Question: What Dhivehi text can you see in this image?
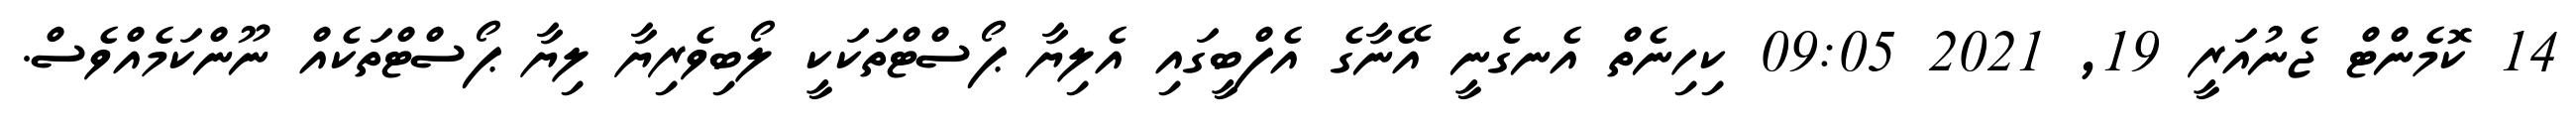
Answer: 14 ކޮމެންޓް ޖެނުއަރީ 19, 2021 09:05 ކިހިނެތް އެނގެނީ އޭނާގެ އެފްބީގައި އެލިޔާ ޕޯސްޓްތަކަކީ ލޯބިވެރިޔާ ލިޔާ ޕޯސްޓްތަކެއް ނޫންކަމެއްވެސް.